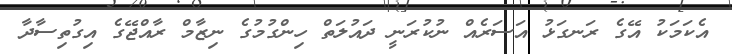
އެކަމަކު އޭގެ ރަނގަޅު އަސަރެއް ނުކުރަނީ ދައުލަތް ހިންގުމުގެ ނިޒާމް ރާއްޖޭގެ އިގުތިސާދާ